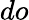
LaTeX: do